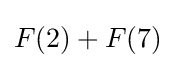
F(2)+F(7)